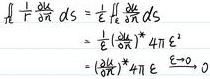
\[
\begin{align*}
\oiint_{\varSigma}\frac{\partial u}{\partial n}dS&=\frac{1}{\varepsilon}\oiint_{\varSigma}\frac{\partial \varphi}{\partial n}dS\\
&=\frac{1}{\varepsilon}(\frac{\partial \varphi}{\partial n})^{*}4\pi \varepsilon^{2}\\
&=(\frac{\partial \varphi}{\partial n})^{*}4\pi \varepsilon\stackrel{\varepsilon \to 0}{\longrightarrow}0
\end{align*}
\]